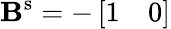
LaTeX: \mathbf{B}^{\mathrm{s}}=-\left[\begin{array}{ll}{1}&{0}\end{array}\right]